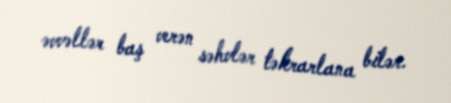
əvvəllər baş verən səhvlər təkrarlana bilər.